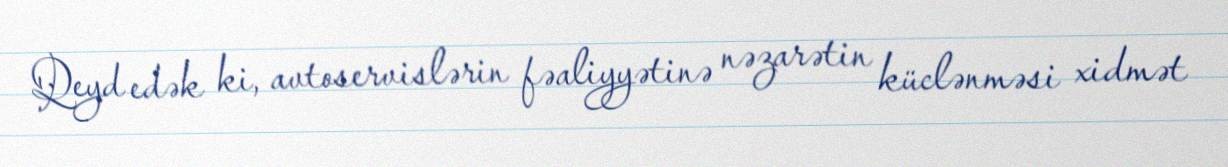
Qeyd edək ki, avtoservislərin fəaliyyətinə nəzarətin küclənməsi xidmət